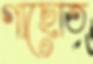
গাছোত